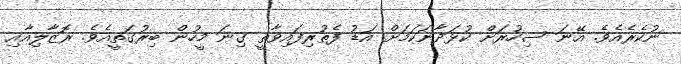
ނުކެރެއެވެ. އޭނަ ސިހުރަށް ކުޅަދާނަކަމަށް އަޑު ފެތުރިފައިވާތީ ގިނަ މީހުން ބިރުގަތީއެވެ. ރޮޒާލިއާއި